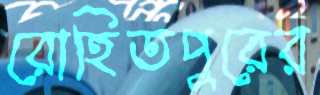
রোহিতপুরের